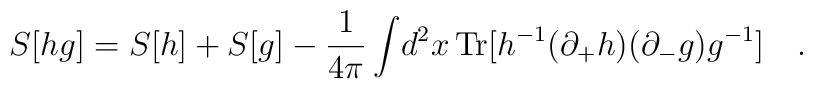
S[hg]= S[h] + S[g]   -  \frac{1}{4\pi}\int\!d^2x \, {\rm       Tr}[h^{-1}(\partial_{+}  h)(\partial_{-}g) g^{-1}] \quad.